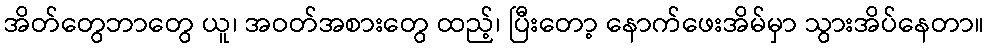
အိတ်တွေဘာတွေ ယူ၊ အဝတ်အစားတွေ ထည့်၊ ပြီးတော့ နောက်ဖေးအိမ်မှာ သွားအိပ်နေတာ။